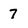
Character: 7